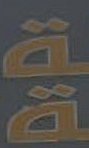
.